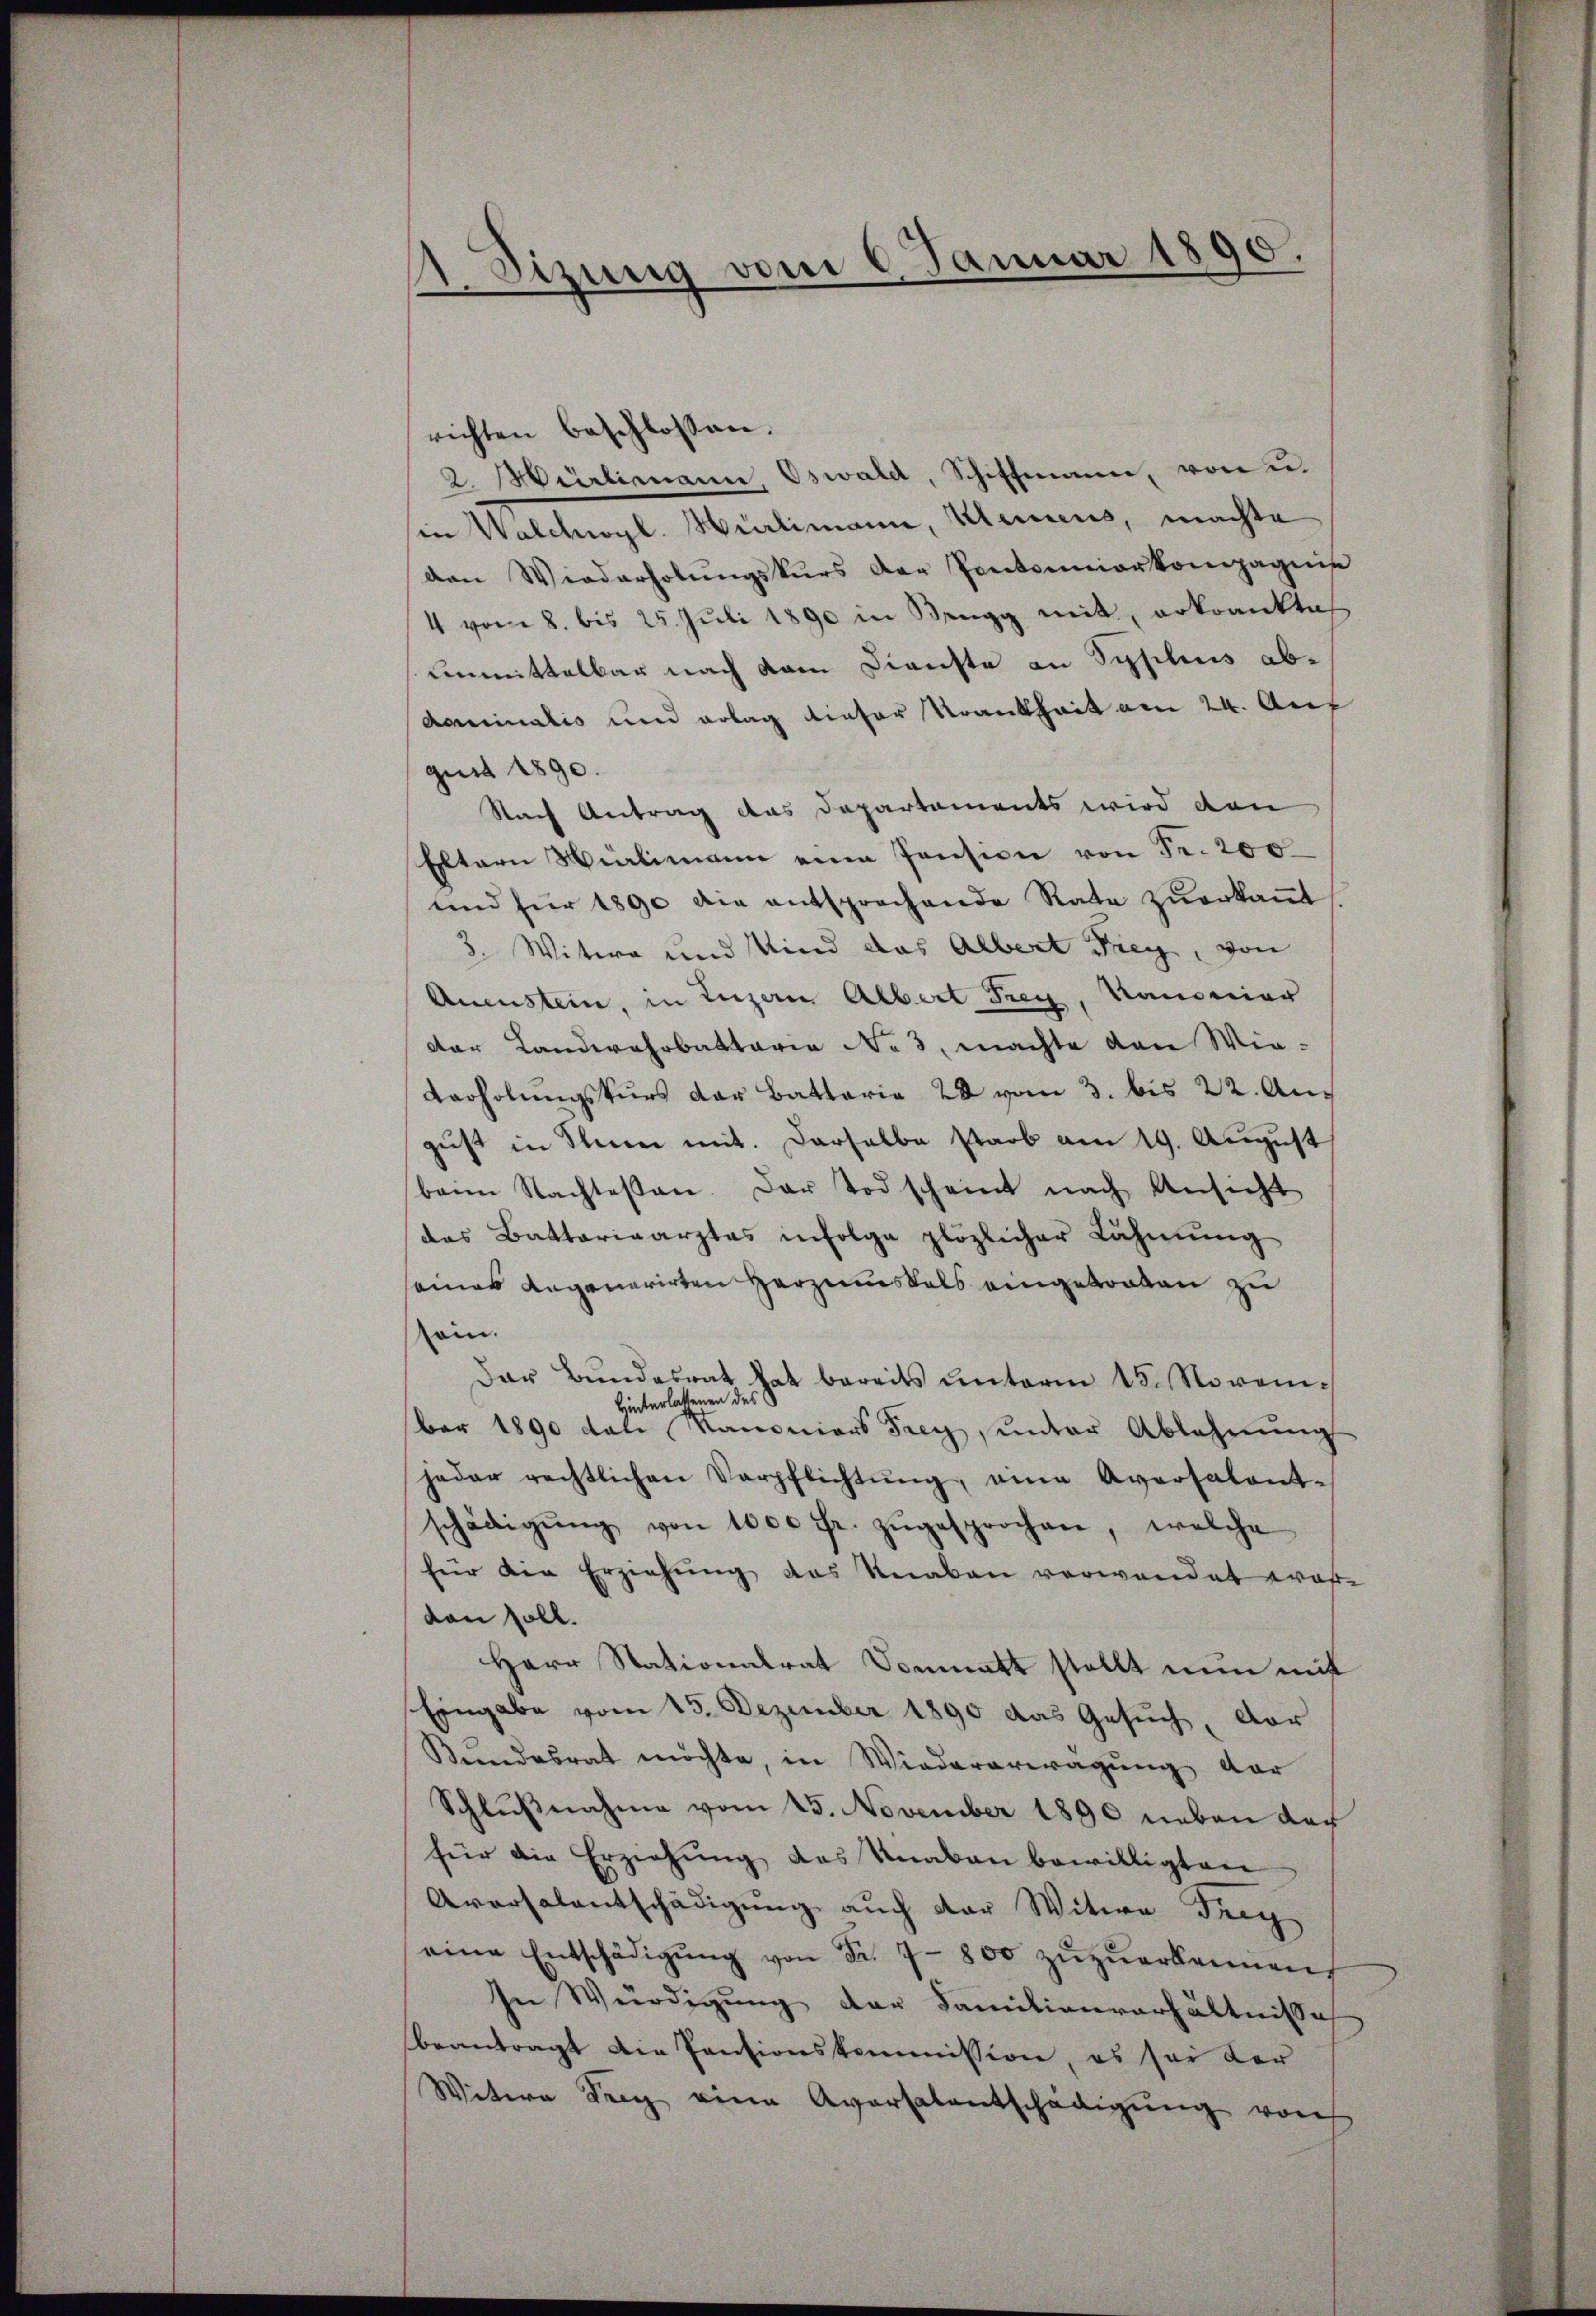
1 Sizung vom 6. Januar 1890.

richten beschlossen.
2. Hürlimann Oswald, Schiffmann, von u.
in Walchwyl. Hürlimann, Kleinens, machte
den Wiederholŭngskurs der Pontouniorkompagnis
4 vom 8. bis 25. Jŭli 1890 in Bengg mit, erkrankte
unmittelbar nach dem Dienste an Syplius abdominalis und erlag dieser Krankheit am 24. Auf
gust 1890.
Nach Antrag das Departaments wird den
Eltern Vielmann eine Pension von Fr. 200
und für 1890 die entsprechende Rate zŭerkaṅt
3. Witwe und Kind das Albert Frey, von
Aneustein, in Luzern Albert Frey, Kanonier
der Landwehrbattaria No 3. machte den Wie¬
Varholŭngskŭrs der Battaria 28 vom 3. bis 22. Aus
gust in Seiner mit. Darselbe starb am 19. August
beim Nachtessen. Der Todscheint nach Ansicht
des Battariearztes infolge plözlicher Lähmung
eines angenerirten Herzenskals eingetreten zu
sein.
Der Bundesrat hat bereits unterm 15. Novem¬
Hinterlassenen des
ber 1890 das Manoniers Frey, unter Ablehnŭng
jeder rechtlichen Verpflichtŭng, eine Aversalant-
schädigŭng von 1000 fr. zŭgesprochen, welche
für die Erziehŭng des Knaben verwendet wahre
den soll.
Herr Stationalrat Donmatt stellt nun mit
Eingabe vom 15. Dezember 1890 das Gesuch, der
Kundesrat möchte, in Wiedererwägung dar
Schlußnahme vom 25. November 1890 neben doch
für die Erziehung des Knaben bewilligten
Aversalentschädigung auch der Witwe Frey
eine Entschädigŭng von Fr. 7 - 800 zŭzŭerkennen,
In Würdigung der Familienverhältnisse
beantragt die Pensionskommission, es sei der
Witere Drey eine Aversalentschädigŭng von